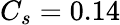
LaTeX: C_{s}=0.14